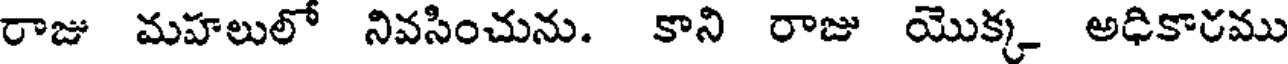
రాజు మహలులో నివసించును. కాని రాజు యొక్క అధికారము